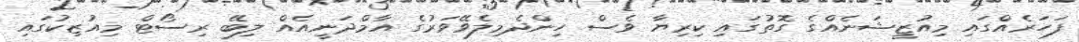
ފަހަރެއްގައި މިއުޒީޝަނެއްގެ ގޮތުގައި ކިރިޔާ ވެސް ހިންދެމިލެވޭވަރުގެ އާމްދަނީއެއް ލިބޭ ރިސޯޓް މިއުޒިކުގައި